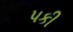
પકી